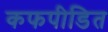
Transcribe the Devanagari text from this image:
कफपीडित